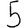
Digit: 5